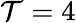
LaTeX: \mathcal{T}=4